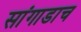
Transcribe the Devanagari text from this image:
सांगाडाच